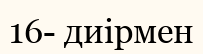
16- диірмен